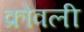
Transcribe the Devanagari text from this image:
क्रोवली